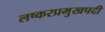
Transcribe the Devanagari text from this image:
लष्करप्रमुखपदी